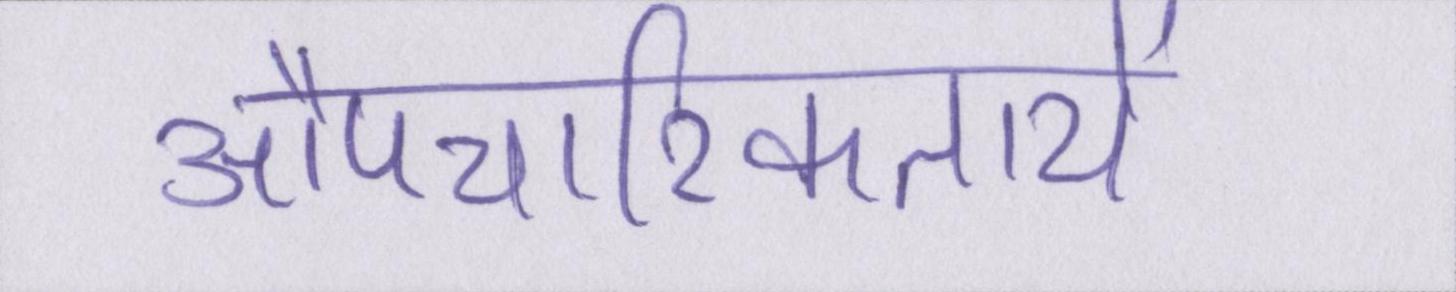
औपचारिकतायें